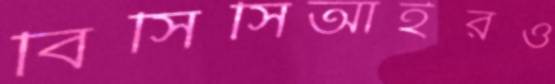
বিসিসিআইরও